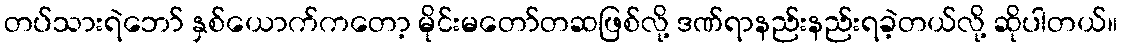
တပ်သားရဲဘော် နှစ်ယောက်ကတော့ မိုင်းမတော်တဆဖြစ်လို့ ဒဏ်ရာနည်းနည်းရခဲ့တယ်လို့ ဆိုပါတယ်။